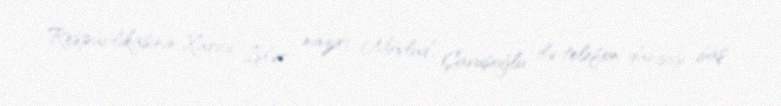
Respublikasının Xarici İşlər naziri Mövlud Çavuşoğlu ilə telefon danışığı baş